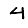
Digit: 4